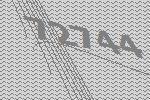
72744